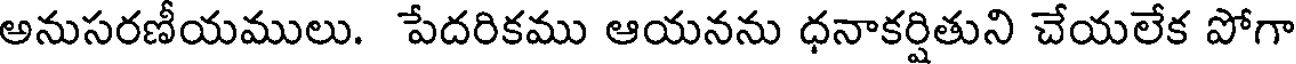
అనుసరణీయములు. పేదరికము ఆయనను ధనాకర్షితుని చేయలేక పోగా